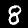
Label: 8